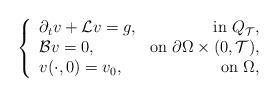
LaTeX: \begin{align*} \left\{ \begin{array}{lr} \partial_tv+\mathcal Lv=g,&\mbox{in }Q_{\mathcal T}, \\ \mathcal Bv=0,&\mbox{on }\partial\Omega\times(0,\mathcal T),\\ v(\cdot,0)=v_0,&\mbox{on }\Omega, \end{array} \right.\end{align*}